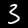
Digit: 3